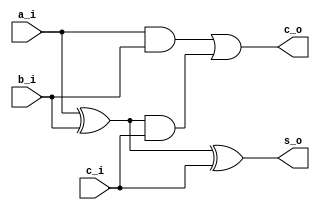
`default_nettype none

module fulladder
(  
    input   wire    a_i,
    input   wire    b_i,
    input   wire    c_i,
    
    output  wire    s_o,
    output  wire    c_o
);

    assign s_o = a_i ^ b_i ^ c_i;
    assign c_o = (a_i & b_i) | ((a_i ^ b_i) & c_i);
endmodule